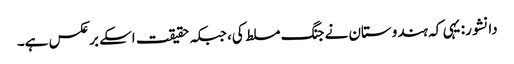
دانشور: یہی کہ ہندوستان نے جنگ مسلط کی، جبکہ حقیقت اسکے برعکس ہے۔